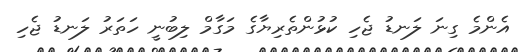
އެންމެ ގިނަ ލަނޑު ޖެހި ކުޅުންތެރިޔާގެ މަގާމް ލިބުނީ ހަތަރު ލަނޑު ޖެހި